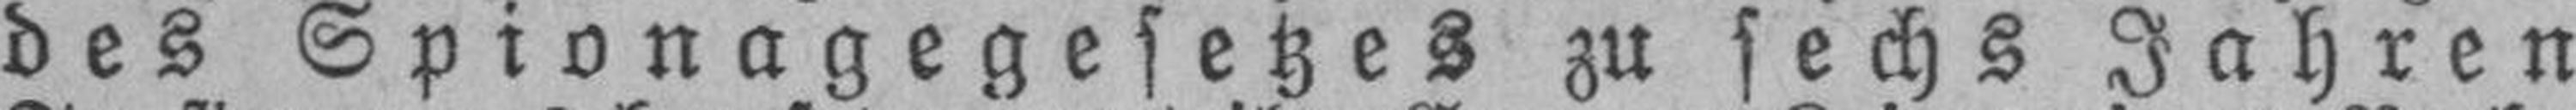
des Spionagegesetzes zu sechs Jahren